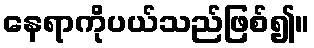
နေရာကိုပယ်သည်ဖြစ်၍။